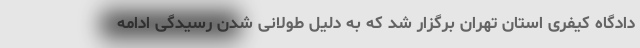
دادگاه کیفری استان تهران برگزار شد که به‌ دلیل طولانی شدن رسیدگی ادامه